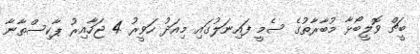
ބީޗް ވޮލީބޯޅާ މުބާރާތުގެ ސެމީ ފައިނަލުގައި މިއަދު ހަވީރު 4 ޖަހާއިރު ޕާކިސްތާނާ